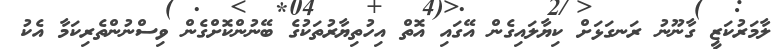
ލާމަރުކަޒީ ގާނޫނު ރަނގަޅަށް ކިޔާލައިގެން އޭގައި އޮތް އިހުތިޔާރުތަކުގެ ބޭނުންކޮށްގެން ވިސްނުންތެރިކަމާ އެކު